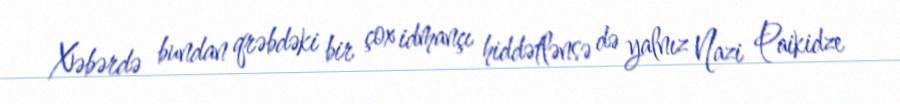
Xəbərdə bundan qrəbdəki bir çox idmançı hiddətlənsə də yalnız Nazi Paikidze